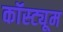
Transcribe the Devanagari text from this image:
कॉस्‍ट्यूम